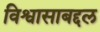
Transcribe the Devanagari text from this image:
विश्वासाबद्दल